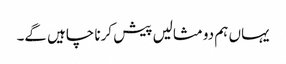
یہاں ہم دو مثالیں پیش کرنا چاہیں گے۔